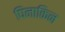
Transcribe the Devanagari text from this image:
पिनाकिन